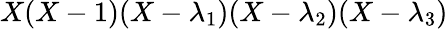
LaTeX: X(X-1)(X-\lambda_{1})(X-\lambda_{2})(X-\lambda_{3})